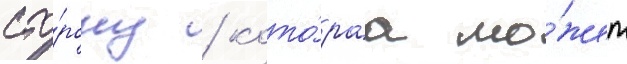
сто́рону / кото́раа мо́жет